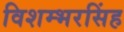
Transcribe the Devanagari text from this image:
विशम्भरसिंह